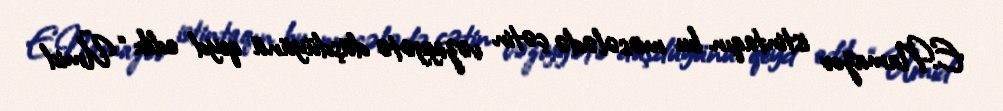
E.Namazov istintaqın bu məsələdə çətin vəziyyətə düşdüyünü qeyd edib: “Ümid